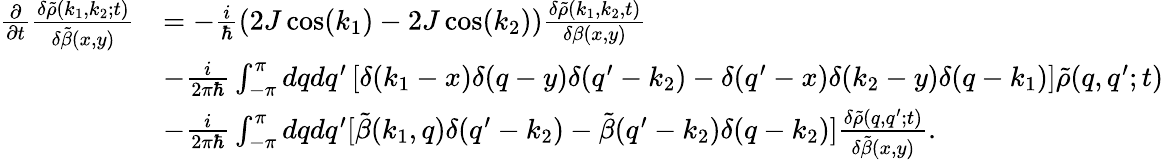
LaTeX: \begin{array}{rl}{\frac{\partial}{\partial t}\frac{\delta\tilde{\rho}(k_{1},k_{2};t)}{\delta\tilde{\beta}(x,y)}}&{=-\frac{i}{\hbar}(2J\cos(k_{1})-2J\cos(k_{2}))\frac{\delta\tilde{\rho}(k_{1},k_{2},t)}{\delta\beta(x,y)}}\\ &{-\frac{i}{2\pi\hbar}\int_{-\pi}^{\pi}dqdq^{\prime}\left[\delta(k_{1}-x)\delta(q-y)\delta(q^{\prime}-k_{2})-\delta(q^{\prime}-x)\delta(k_{2}-y)\delta(q-k_{1})\right]\tilde{\rho}(q,q^{\prime};t)}\\ &{-\frac{i}{2\pi\hbar}\int_{-\pi}^{\pi}dqdq^{\prime}[\tilde{\beta}(k_{1},q)\delta(q^{\prime}-k_{2})-\tilde{\beta}(q^{\prime}-k_{2})\delta(q-k_{2})]\frac{\delta\tilde{\rho}(q,q^{\prime};t)}{\delta\tilde{\beta}(x,y)}.}\end{array}